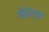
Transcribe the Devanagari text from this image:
मोक़ेगुवा